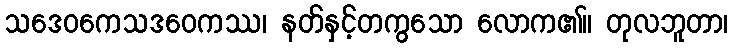
သဒေဝကေသဒဝေကဿ၊ နတ်နှင့်တကွသော လောက၏။ တုလဘူတာ၊